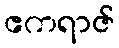
ဧကရာဇ်